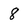
Character: 8